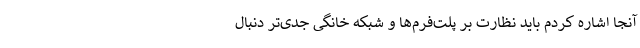
آنجا اشاره کردم باید نظارت بر پلت‌فرم‌ها و شبکه خانگی جدّی‌تر دنبال